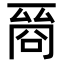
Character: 𠸲